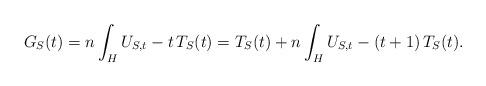
LaTeX: \begin{align*} G_{S}(t) = n\int_H U_{S,t} -t\, T_{S}(t)= T_{S}(t) +n\int_H U_{S,t} -(t+1)\, T_{S}(t) . \end{align*}